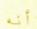
أنه